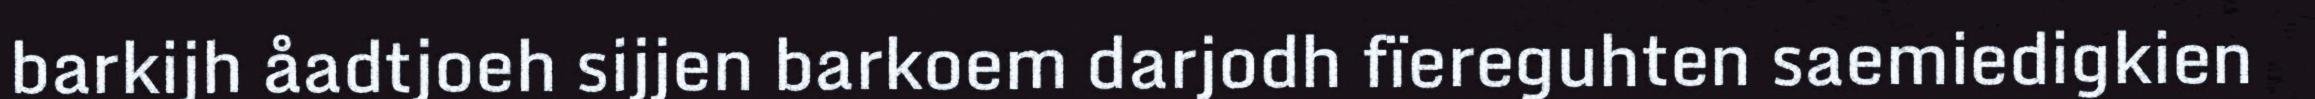
barkijh åadtjoeh sijjen barkoem darjodh fïereguhten saemiedigkien